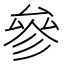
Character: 參